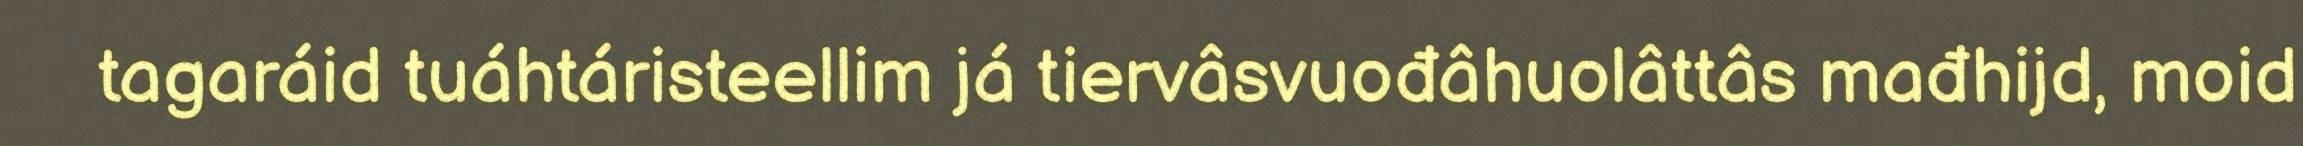
tagaráid tuáhtáristeellim já tiervâsvuođâhuolâttâs mađhijd, moid